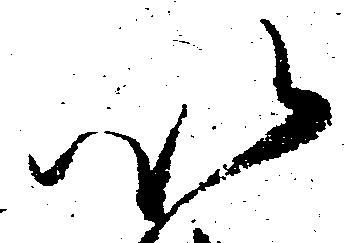
以